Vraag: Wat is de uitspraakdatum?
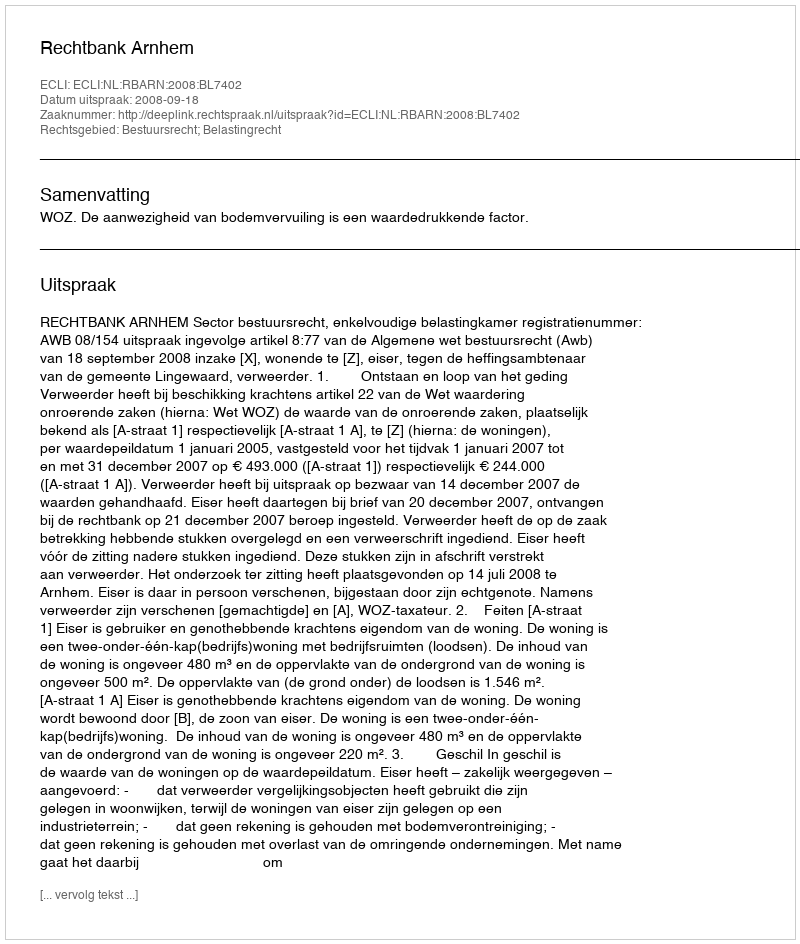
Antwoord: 2008-09-18